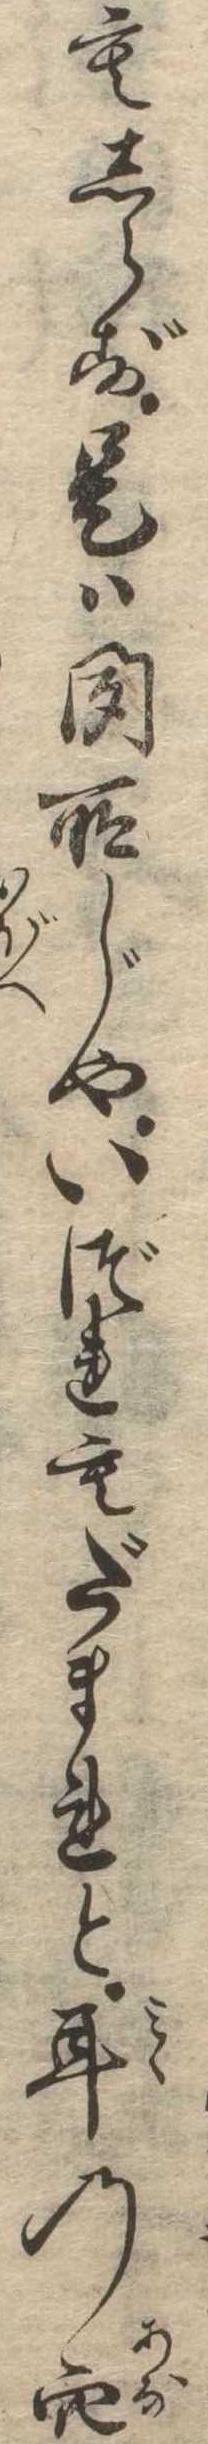
もしらず是は聞所じやいづれもだまれと耳の穴